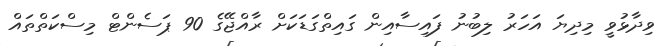
ވިދާޅުވީ މިދިޔަ އަހަރު ލިބުނު ފައިސާއިން ގައިތްގަޑަކަށް ރާއްޖޭގެ 90 ޕަސެންޓް މިސްކަތްތައް